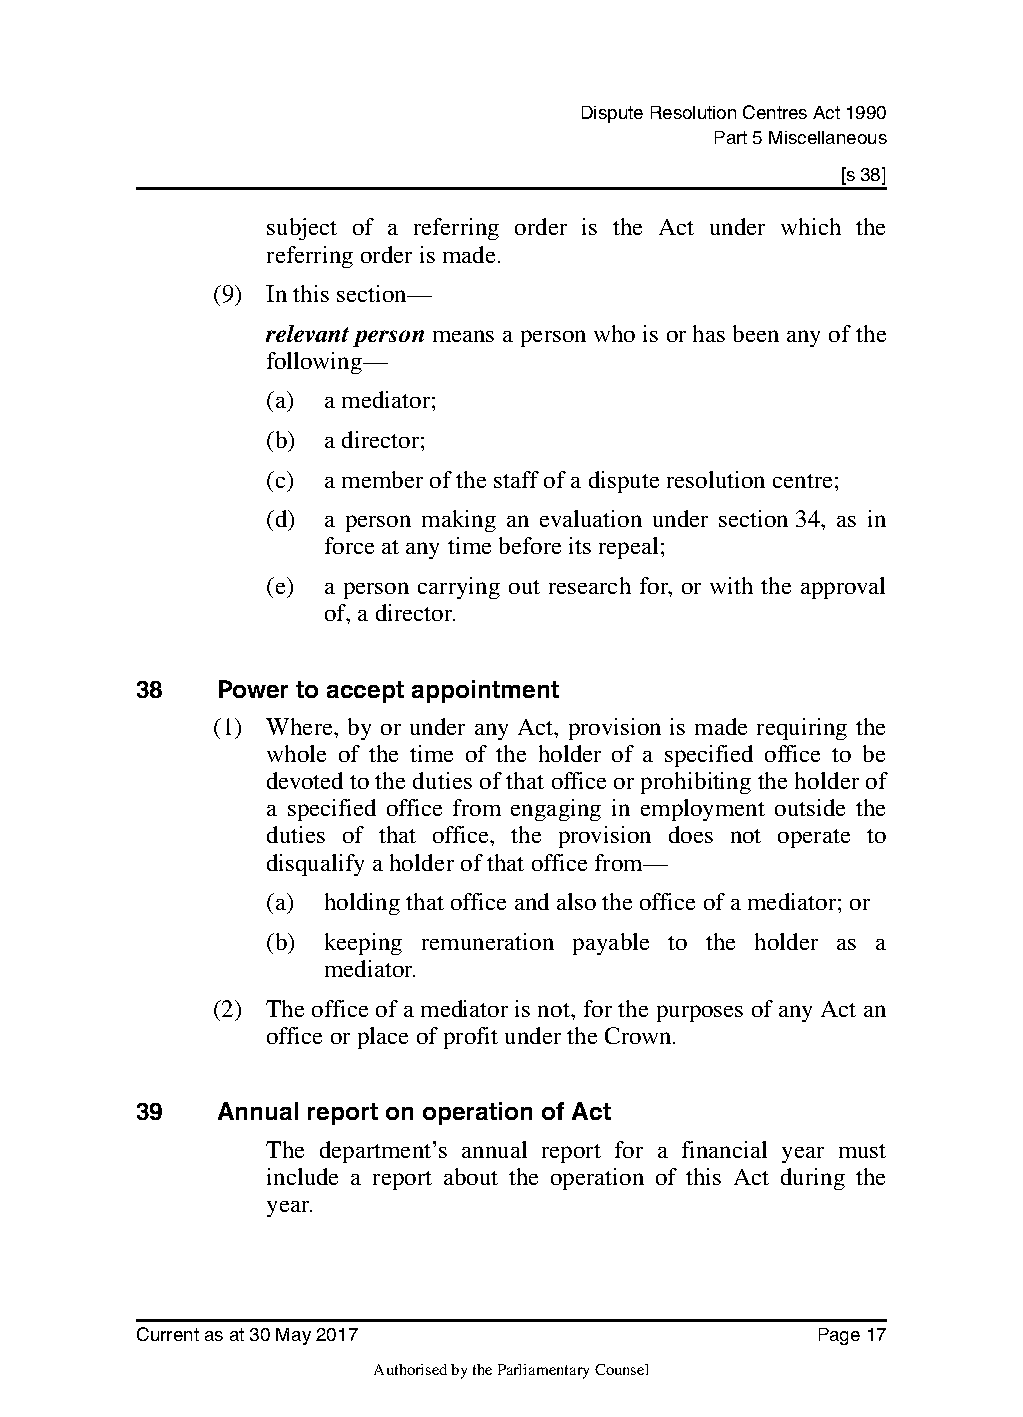
Dispute Resolution Centres Act 1990
 Part 5 Miscellaneous
 [s 38]
 subject of a referring order is the Act under which the
 referring order is made.
 (9) In this section—
 relevant person means a person who is or has been any of the
 following—
 (a) a mediator;
 (b) a director;
 (c) a member of the staff of a dispute resolution centre;
 (d) a person making an evaluation under section34, as in
 force at any time before its repeal;
 (e) a person carrying out research for, or with the approval
 of, a director.
 38    Power to accept appointment
 (1) Where, by or under any Act, provision is made requiring the
 whole of the time of the holder of a specified office to be
 devoted to the duties of that office or prohibiting the holder of
 a specified office from engaging in employment outside the
 duties of that office, the provision does not operate to
 disqualify a holder of that office from—
 (a) holding that office and also the office of a mediator; or
 (b) keeping remuneration payable to the holder as a
 mediator.
 (2) The office of a mediator is not, for the purposes of any Act an
 office or place of profit under the Crown.
 39    Annual report on operation of Act
 The department’s annual report for a financial year must
 include a report about the operation of this Act during the
 year.
 Current as at 30 May 2017                    Page 17
 Authorised by the Parliamentary Counsel